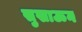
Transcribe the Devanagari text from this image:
सुखाऊन